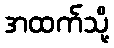
အထက်သို့